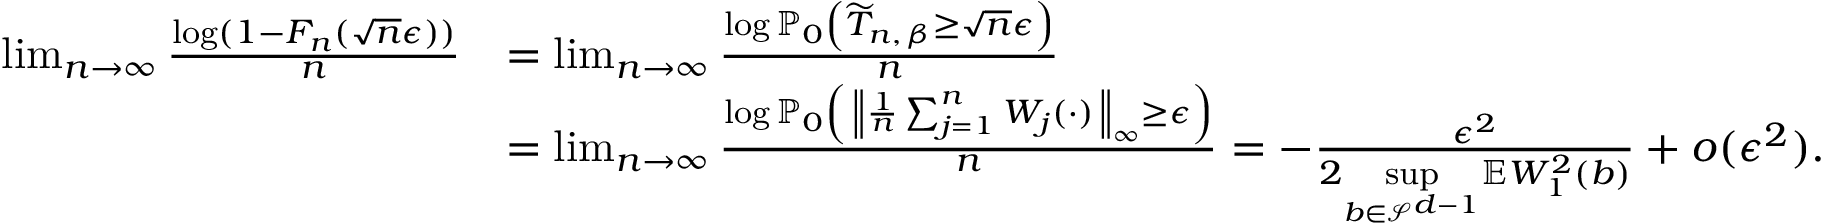
\begin{array} { r l } { \operatorname* { l i m } _ { n \to \infty } \frac { \log ( 1 - F _ { n } ( \sqrt { n } \epsilon ) ) } { n } } & { = \operatorname* { l i m } _ { n \to \infty } \frac { \log \mathbb { P } _ { 0 } \left( \widetilde { T } _ { n , \, \beta } \geq \sqrt { n } \epsilon \right) } { n } } \\ & { = \operatorname* { l i m } _ { n \to \infty } \frac { \log \mathbb { P } _ { 0 } \left( \, \left\| \frac { 1 } { n } \sum _ { j = 1 } ^ { n } W _ { j } ( \cdot ) \, \right\| _ { \infty } \geq \epsilon \right) } { n } = - \frac { \epsilon ^ { 2 } } { 2 \underset { b \in \mathcal { S } ^ { d - 1 } } { \operatorname* { s u p } } \mathbb { E } W _ { 1 } ^ { 2 } ( b ) } + o ( \epsilon ^ { 2 } ) . } \end{array}